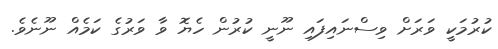
ކުރުމަކީ ވަރަށް ވިސްނައިފައި ނޫނީ ކުރުން ހެޔޮ ވާ ވަރުގެ ކަމެއް ނޫނެވެ.